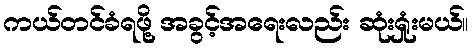
ကယ်တင်ခံရဖို့ အခွင့်အရေးလည်း ဆုံးရှုံးမယ်။